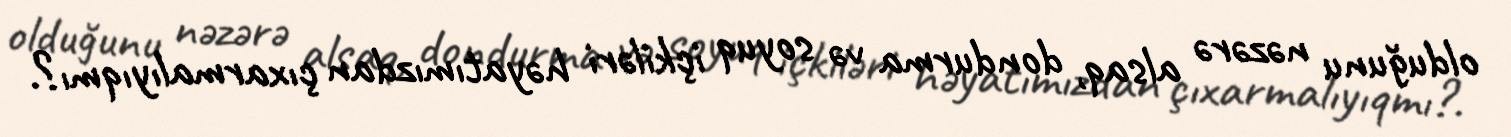
olduğunu nəzərə alsaq, dondurma və soyuq içkiləri həyatımızdan çıxarmalıyıqmı?.